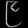
Digit: ၉